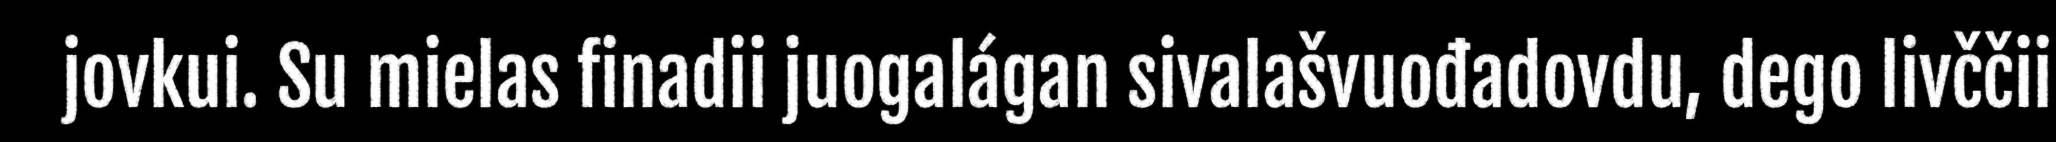
jovkui. Su mielas finadii juogalágan sivalašvuođadovdu, dego livččii